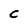
Character: c